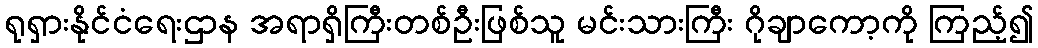
ရုရှားနိုင်ငံရေးဌာန အရာရှိကြီးတစ်ဦးဖြစ်သူ မင်းသားကြီး ဂိုချာကော့ကို ကြည့်၍